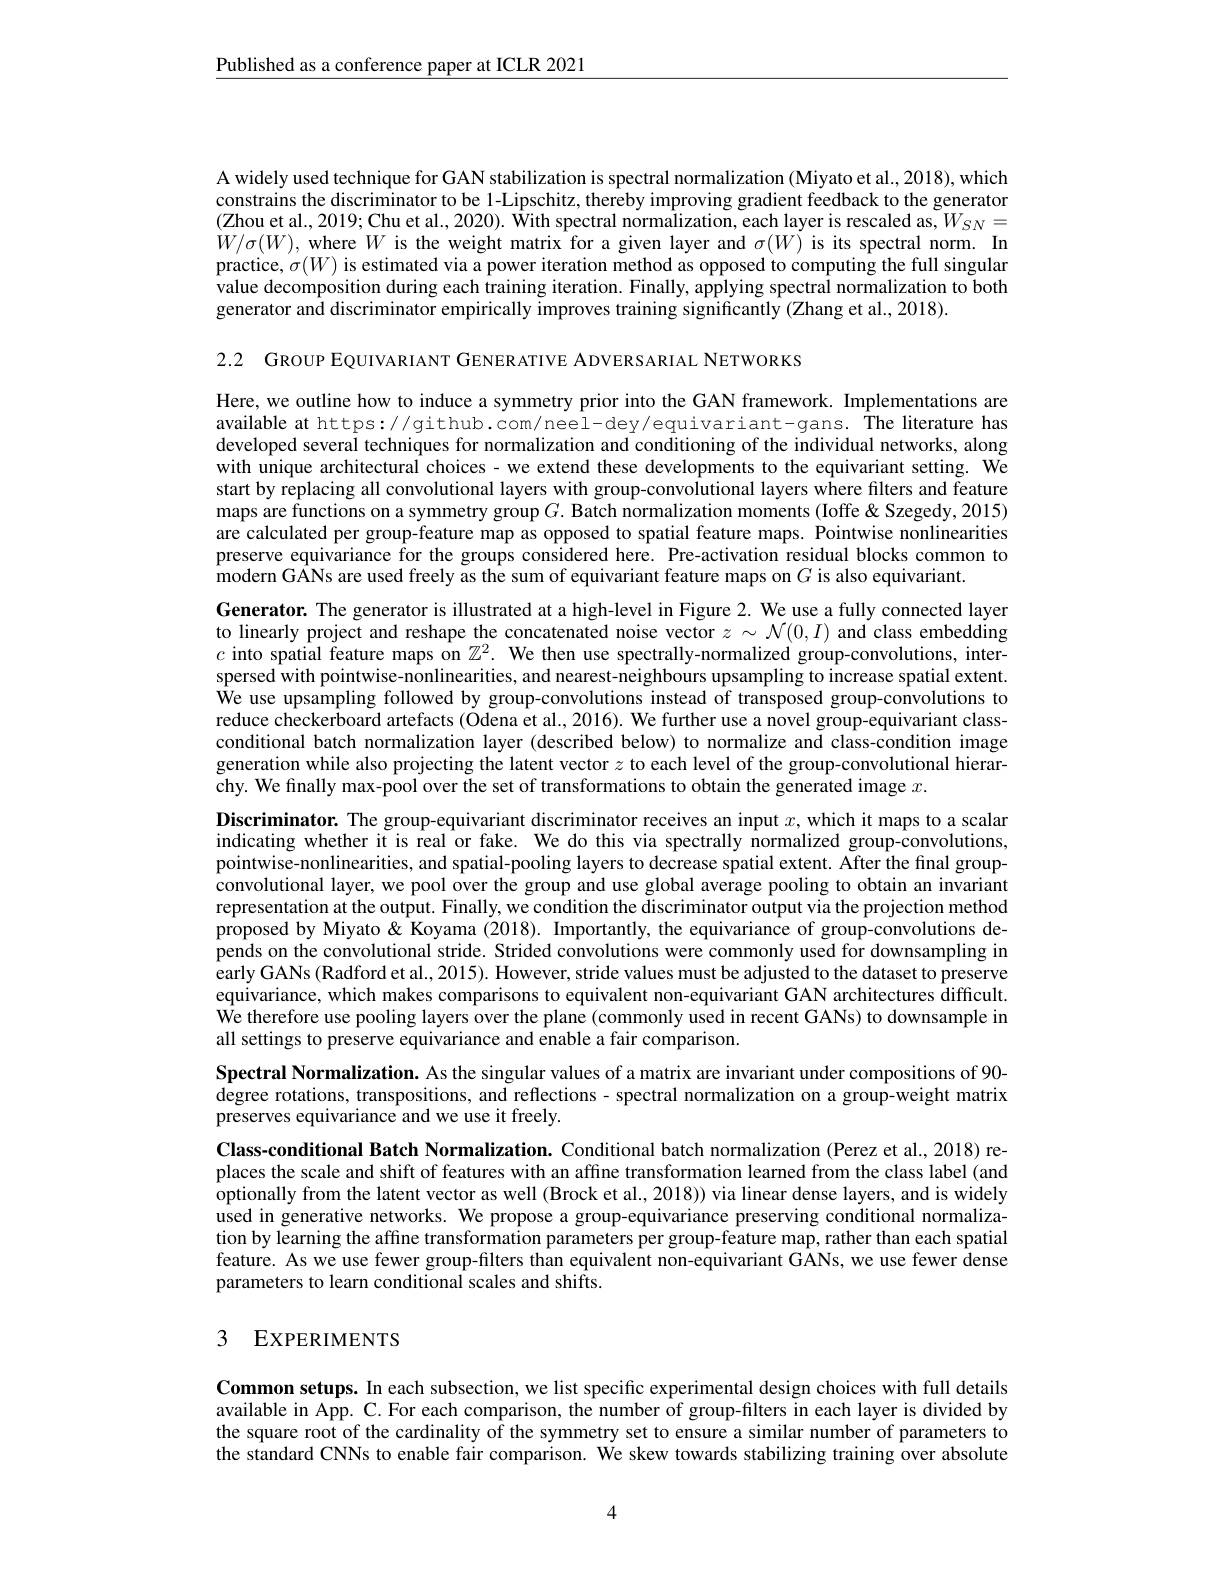
$\underline{\text{Published as a conference paper at ICLR 2021}}$

A widely used technique for GAN stabilization is spectral normalization (Miyato et al., 2018), which constrains the discriminator to be l-Lipschitz, thereby improving gradient feedback to the generator (Zhou et al., 2019; Chu et al., 2020). Îvith spectral normalization, each layer is rescaled as, $W_{SN}=$ $W/\sigma(W)$, where $W$ is the weight matrix for a given layer and $\sigma(W)$ is its spectral norm. In practice, $\sigma(W)$ is estimated via a power iteration method as opposed to computing the full singular value decomposition during each training iteration. Finally, applying spectral normalization to both generator and discriminator empirically improves training significantly (Zhang et al., 2018).

2.2 GROUP EQUIVARIANT GENERATIVE ADVERSARIAL NETWORKS

Here, we outline how to induce a symmetry prior into the GAN framework. Implementations are available at https://github.com/neel-dey/equivariant-gans.The literature has developed several techniques for normalization and conditioning of the individual networks, along with unique architectural choices - we extend these developments to the equivariant setting. We start by replacing all convolutional layers with group-convolutional layers where filters and feature maps are functions on a symmetry group $G.$ Batch normalization moments (Ioffe&Szegedy,2015) are calculated per group-feature map as opposed to spatial feature maps. Pointwise nonlinearities preserve equivariance for the groups considered here. Pre-activation residual blocks common to $\hat{\text{modern GANs are used freely as the sum of equivariant feature maps on }G\text{ is also equivariant.}}$
Generator. The generator is illustrated at a high-level in Figure 2. We use a fully connected layer to linearly project and reshape the concatenated noise vector $z\sim\mathcal{N}(0,I)$ and class embedding $c$ into spatial feature maps on $\hat{\mathbb{Z}}^2.$ We then use spectrally-normalized group-convolutions, interspersed with pointwise-nonlinearities, and nearest-neighbours upsampling to increase spatial extent. We use upsampling followed by group-convolutions instead of transposed group-convolutions to reduce checkerboard artefacts (Odena et al., 2016). We further use a novel group-equivariant classconditional batch normalization layer (described below) to normalize and class-condition image generation while also projecting the latent vector $z$ to each level of the group-convolutional hierarchy. We finally max-pool over the set of transformations to obtain the generated image $x.$
Discriminator. The group-equivariant discriminator receives an input $x$, which it maps to a scalar

indicating whether it is real or fake. We do this via spectrally normalized group-convolutions, pointwise-nonlinearities, and spatial-pooling layers to decrease spatial extent. After the final groupconvolutional layer, we pool over the group and use global average pooling to obtain an invariant representation at the output. Finally, we condition the discriminator output via the projection method proposed by Miyato& Koyama (2018). Importantly, the equivariance of group-convolutions depends on the convolutional stride. Strided convolutions were commonly used for downsampling in early GANs (Radford et al., 2015). However, stride values must be adjusted to the dataset to preserve equivariance, which makes comparisons to equivalent non-equivariant GAN architectures difficult. We therefore use pooling layers over the plane (commonly used in recent GANs) to downsample in all settings to preserve equivariance and enable a fair comparison.

Spectral Normalization. As the singular values of a matrix are invariant under compositions of 90- degree rotations, transpositions, and reflections- spectral normalization on a group-weight matrix preserves equivariance and we use it freely.

Class-conditional Batch Normalization. Conditional batch normalization (Perez et al., 2018) replaces the scale and shift of features with an affine transformation learned from the class label (and optionally from the latent vector as well (Brock et al., 2018)) via linear dense layers, and is widely used in generative networks. We propose a group-equivariance preserving conditional normalization by learning the affine transformation parameters per group-feature map, rather than each spatial feature. As we use fewer group-filters than equivalent non-equivariant GANs, we use fewer dense parameters to learn conditional scales and shifts.

## 3 EXPERIMENTS

Common setups. In each subsection, we list specific experimental design choices with full details available in App. C. For each comparison, the number of group-filters in each layer is divided by the square root of the cardinality of the symmetry set to ensure a similar number of parameters to the standard CNNs to enable fair comparison. We skew towards stabilizing training over absolute

4